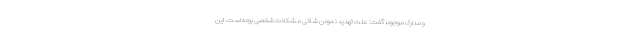
و مدارک موجود، گفت: علت تهدید نمودن شاکی مشکلات شخصی بوده است. این